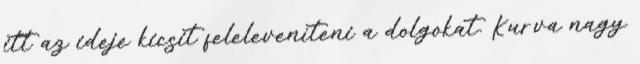
itt az ideje kicsit feleleveníteni a dolgokat. Kurva nagy